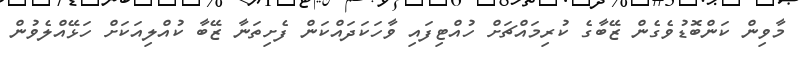
މާވިން ކަންބޮޑުވެގެން ޒޭބާގެ ކުރިމައްޗަށް ހުއްޓިފައި ވާހަކަދައްކަން ފެށިތަނާ ޒޭބާ ކުއްލިއަކަށް ހަޅޭއްލެވުން